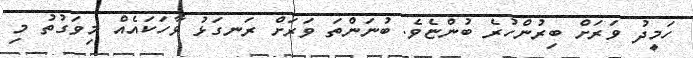
ހަމީދު ވަރަށް ބިރުންހުރެ ބުންޏެވެ. ބުނަންތަ ވަރަށް ރަނގަޅު ވާހަކައެއް މިވަގުތު މި